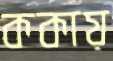
ককায়